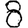
Digit: 8